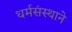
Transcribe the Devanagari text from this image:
धर्मसंस्थाने